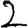
Digit: 2